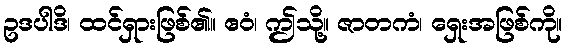
ဥဒပါဒိ၊ ထင်ရှားဖြစ်၏။ ဧဝံ၊ ဤသို့။ ဇာတကံ၊ ရှေးအဖြစ်ကို။